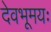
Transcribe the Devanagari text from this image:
देवभूमयः